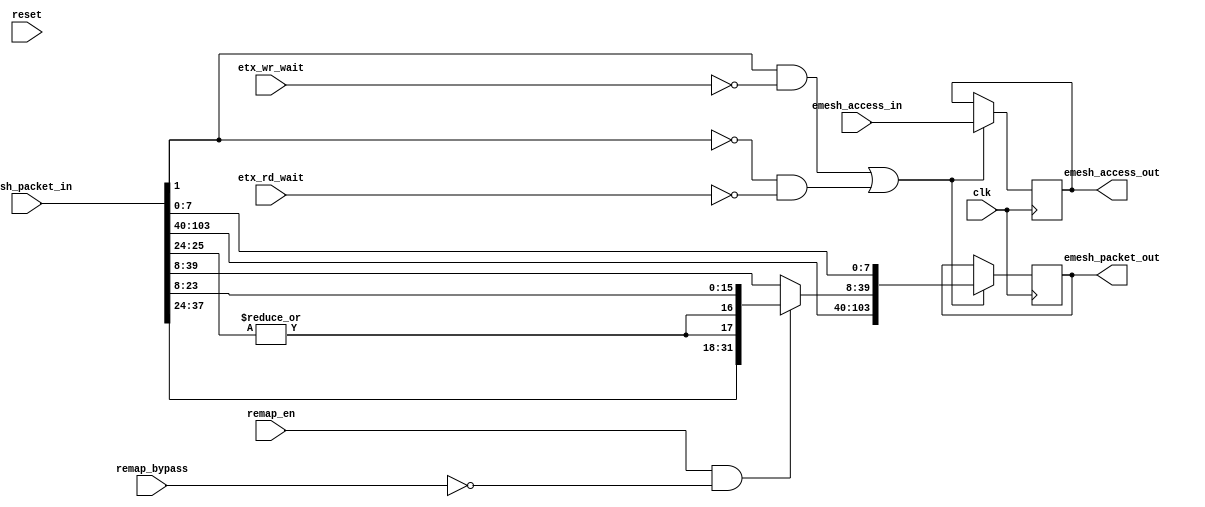
module etx_remap (/*AUTOARG*/
   // Outputs
   emesh_access_out, emesh_packet_out,
   // Inputs
   clk, reset, emesh_access_in, emesh_packet_in, remap_en,
   remap_bypass, etx_rd_wait, etx_wr_wait
   );

   parameter AW = 32;
   parameter DW = 32;
   parameter PW = 104;
   parameter ID = 12'h808;
   
   //Clock/reset
   input clk;
   input reset;

   //Input from arbiter
   input          emesh_access_in;
   input [PW-1:0] emesh_packet_in;
   input 	  remap_en;             //enable tx remap (static)
   input 	  remap_bypass;         //dynamic control (read request)
   
   //Output to TX IO   
   output 	   emesh_access_out;
   output [PW-1:0] emesh_packet_out;

   //Wait signals from protocol block
   input 	   etx_rd_wait;
   input 	   etx_wr_wait;

   wire [31:0] 	   addr_in;
   wire [31:0] 	   addr_remap;
   wire [31:0] 	   addr_out;
   wire 	   write_in;
   
   reg 		   emesh_access_out;
   reg [PW-1:0]    emesh_packet_out;

   
   assign addr_in[31:0]   =  emesh_packet_in[39:8];
   assign write_in        =  emesh_packet_in[1];
      
   assign addr_remap[31:0] = {addr_in[29:18],//ID
			      addr_in[17:16],//SPECIAL GROUP
                             {(2){(|addr_in[17:16])}},//ZERO IF NOT SPECIAL
			     addr_in[15:0]
			     };
   			     
   assign addr_out[31:0] = (remap_en & ~remap_bypass) ? addr_remap[31:0] :
                	                                addr_in[31:0];
        		

   //stall read/write access appropriately
   always @ (posedge clk)     
     if((write_in & ~etx_wr_wait) | (~write_in & ~etx_rd_wait))
       begin
	  emesh_access_out         <= emesh_access_in;
	  emesh_packet_out[PW-1:0] <= {emesh_packet_in[PW-1:40],
				       addr_out[31:0],
				       emesh_packet_in[7:0]
				       };	
       end
   
endmodule